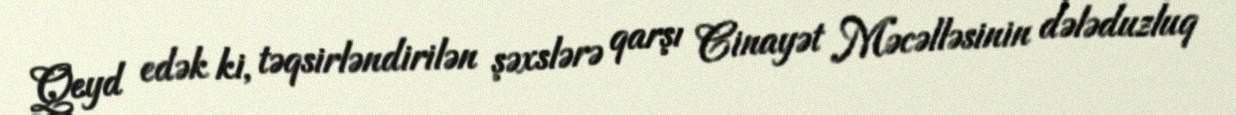
Qeyd edək ki, təqsirləndirilən şəxslərə qarşı Cinayət Məcəlləsinin dələduzluq